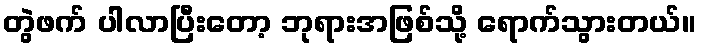
တွဲဖက် ပါလာပြီးတော့ ဘုရားအဖြစ်သို့ ရောက်သွားတယ်။